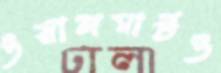
ওয়ালমার্টও